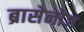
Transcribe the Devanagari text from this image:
ब्रासेनोज